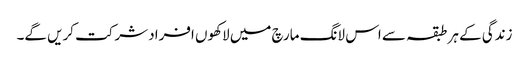
زندگی کے ہر طبقہ سے اس لانگ مارچ میں لاکھوں افراد شرکت کریں گے۔